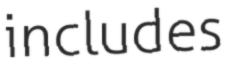
includes